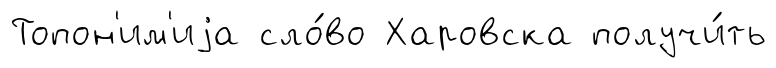
Топон'им'иjа сло́во Харовска получи́ть